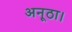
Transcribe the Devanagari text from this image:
अनूठा।